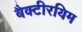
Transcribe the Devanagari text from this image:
बैक्टीरयिम